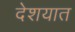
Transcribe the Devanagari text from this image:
देशयात